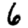
Digit: 6